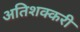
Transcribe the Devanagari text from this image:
अतिशक्करी